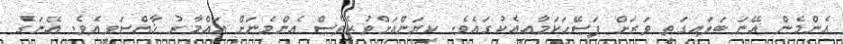
އެންމެން އޭނަ ބަލައިގަތީ ވަރަށް ފަސޭހަކަމާއިއެކުގައެވެ. ކިޔަންއަށްވުރެވެސް އެންމެނަށް އައްމާރު ޚާއްސަވިއެވެ. އޭނަގެ